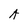
Character: A